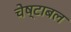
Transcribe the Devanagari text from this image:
चेष्टाबल